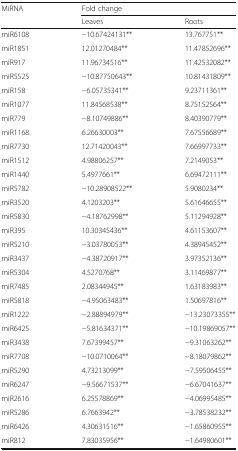
<table><thead><tr><td rowspan="2"><b>MiRNA</b></td><td colspan="2"><b>Fold change</b></td></tr><tr><td><b>Leaves</b></td><td><b>Roots</b></td></tr></thead><tbody><tr><td>miR6108</td><td>−10.67424131**</td><td>13.767751**</td></tr><tr><td>miR1851</td><td>12.01270484**</td><td>11.47852696**</td></tr><tr><td>miR917</td><td>11.96734516**</td><td>11.42532082**</td></tr><tr><td>miR5525</td><td>−10.87750643**</td><td>10.81431809**</td></tr><tr><td>miR158</td><td>−6.05735341**</td><td>9.23711361**</td></tr><tr><td>miR1077</td><td>11.84568538**</td><td>8.75152564**</td></tr><tr><td>miR779</td><td>−8.10749886**</td><td>8.40390779**</td></tr><tr><td>miR1168</td><td>6.26630003**</td><td>7.67556689**</td></tr><tr><td>miR7730</td><td>12.71420043**</td><td>7.66997733**</td></tr><tr><td>miR1512</td><td>4.98806257**</td><td>7.2149053**</td></tr><tr><td>miR1440</td><td>5.4977661**</td><td>6.69472111**</td></tr><tr><td>miR5782</td><td>−10.28908522**</td><td>5.9080234**</td></tr><tr><td>miR3520</td><td>4.1203203**</td><td>5.61646655**</td></tr><tr><td>miR5830</td><td>−4.18762998**</td><td>5.11294928**</td></tr><tr><td>miR395</td><td>10.30345436**</td><td>4.61153607**</td></tr><tr><td>miR5210</td><td>−3.03780053**</td><td>4.38945452**</td></tr><tr><td>miR3437</td><td>−4.38720917**</td><td>3.97352136**</td></tr><tr><td>miR5304</td><td>4.5270768**</td><td>3.11469877**</td></tr><tr><td>miR7485</td><td>2.08344945**</td><td>1.63183983**</td></tr><tr><td>miR5818</td><td>−4.95063483**</td><td>1.50697816**</td></tr><tr><td>miR1222</td><td>−2.88894979**</td><td>−13.23073355**</td></tr><tr><td>miR6425</td><td>−5.81634371**</td><td>−10.19869057**</td></tr><tr><td>miR3438</td><td>7.67399457**</td><td>−9.31063262**</td></tr><tr><td>miR7708</td><td>−10.0710064**</td><td>−8.18079862**</td></tr><tr><td>miR5290</td><td>4.73213099**</td><td>−7.59506455**</td></tr><tr><td>miR6247</td><td>−9.56671537**</td><td>−6.67041637**</td></tr><tr><td>miR2616</td><td>6.25578869**</td><td>−4.06995485**</td></tr><tr><td>miR5286</td><td>6.7663942**</td><td>−3.78538232**</td></tr><tr><td>miR6426</td><td>4.30631516**</td><td>−1.65860955**</td></tr><tr><td>miR812</td><td>7.83035956**</td><td>−1.64980601**</td></tr></tbody></table>